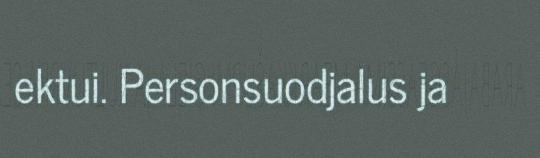
ektui. Personsuodjalus ja